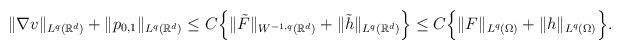
LaTeX: \begin{align*}\begin{aligned}\|\nabla v\|_{L^q(\mathbb{R}^d)} + \|p_{0,1}\|_{L^q(\mathbb{R}^d)}\leq C\Big\{\|\tilde{F}\|_{W^{-1,q}(\mathbb{R}^d)}+\|\tilde{h}\|_{L^{q}(\mathbb{R}^d)}\Big\}\leq C\Big\{\|F\|_{L^{q}(\Omega)}+\|h\|_{L^{q}(\Omega)}\Big\}.\end{aligned}\end{align*}